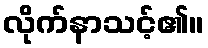
လိုက်နာသင့်၏။